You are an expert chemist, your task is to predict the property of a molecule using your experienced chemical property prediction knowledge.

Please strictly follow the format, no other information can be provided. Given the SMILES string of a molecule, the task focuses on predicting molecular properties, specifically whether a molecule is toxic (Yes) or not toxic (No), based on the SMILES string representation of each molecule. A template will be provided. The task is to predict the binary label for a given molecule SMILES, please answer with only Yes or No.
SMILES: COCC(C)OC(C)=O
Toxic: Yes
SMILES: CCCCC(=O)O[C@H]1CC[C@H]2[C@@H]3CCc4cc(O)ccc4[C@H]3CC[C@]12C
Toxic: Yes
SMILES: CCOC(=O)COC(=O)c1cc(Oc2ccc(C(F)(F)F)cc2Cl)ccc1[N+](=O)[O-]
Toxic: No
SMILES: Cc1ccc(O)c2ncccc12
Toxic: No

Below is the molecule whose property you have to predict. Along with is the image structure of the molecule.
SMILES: O=C(NCc1cccnc1)Nc1ccc([N+](=O)[O-])cc1
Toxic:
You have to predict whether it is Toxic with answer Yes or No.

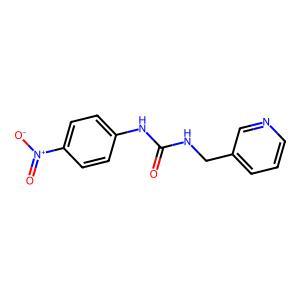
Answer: No